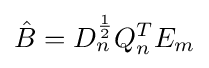
{\hat {B}}=D_{n}^{\frac {1}{2}}Q_{n}^{T}E_{m}